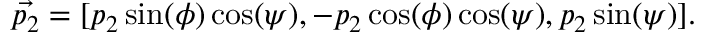
\vec { p _ { 2 } } = [ p _ { 2 } \sin ( \phi ) \cos ( \psi ) , - p _ { 2 } \cos ( \phi ) \cos ( \psi ) , p _ { 2 } \sin ( \psi ) ] .